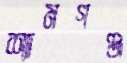
শ্যামগঞ্জ